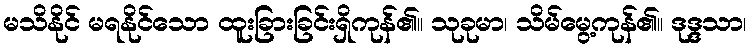
မသိနိုင် မရနိုင်သော ထူးခြားခြင်းရှိကုန်၏။ သုခုမာ၊ သိမ်မွေ့ကုန်၏။ ဒုဒ္ဒသာ၊